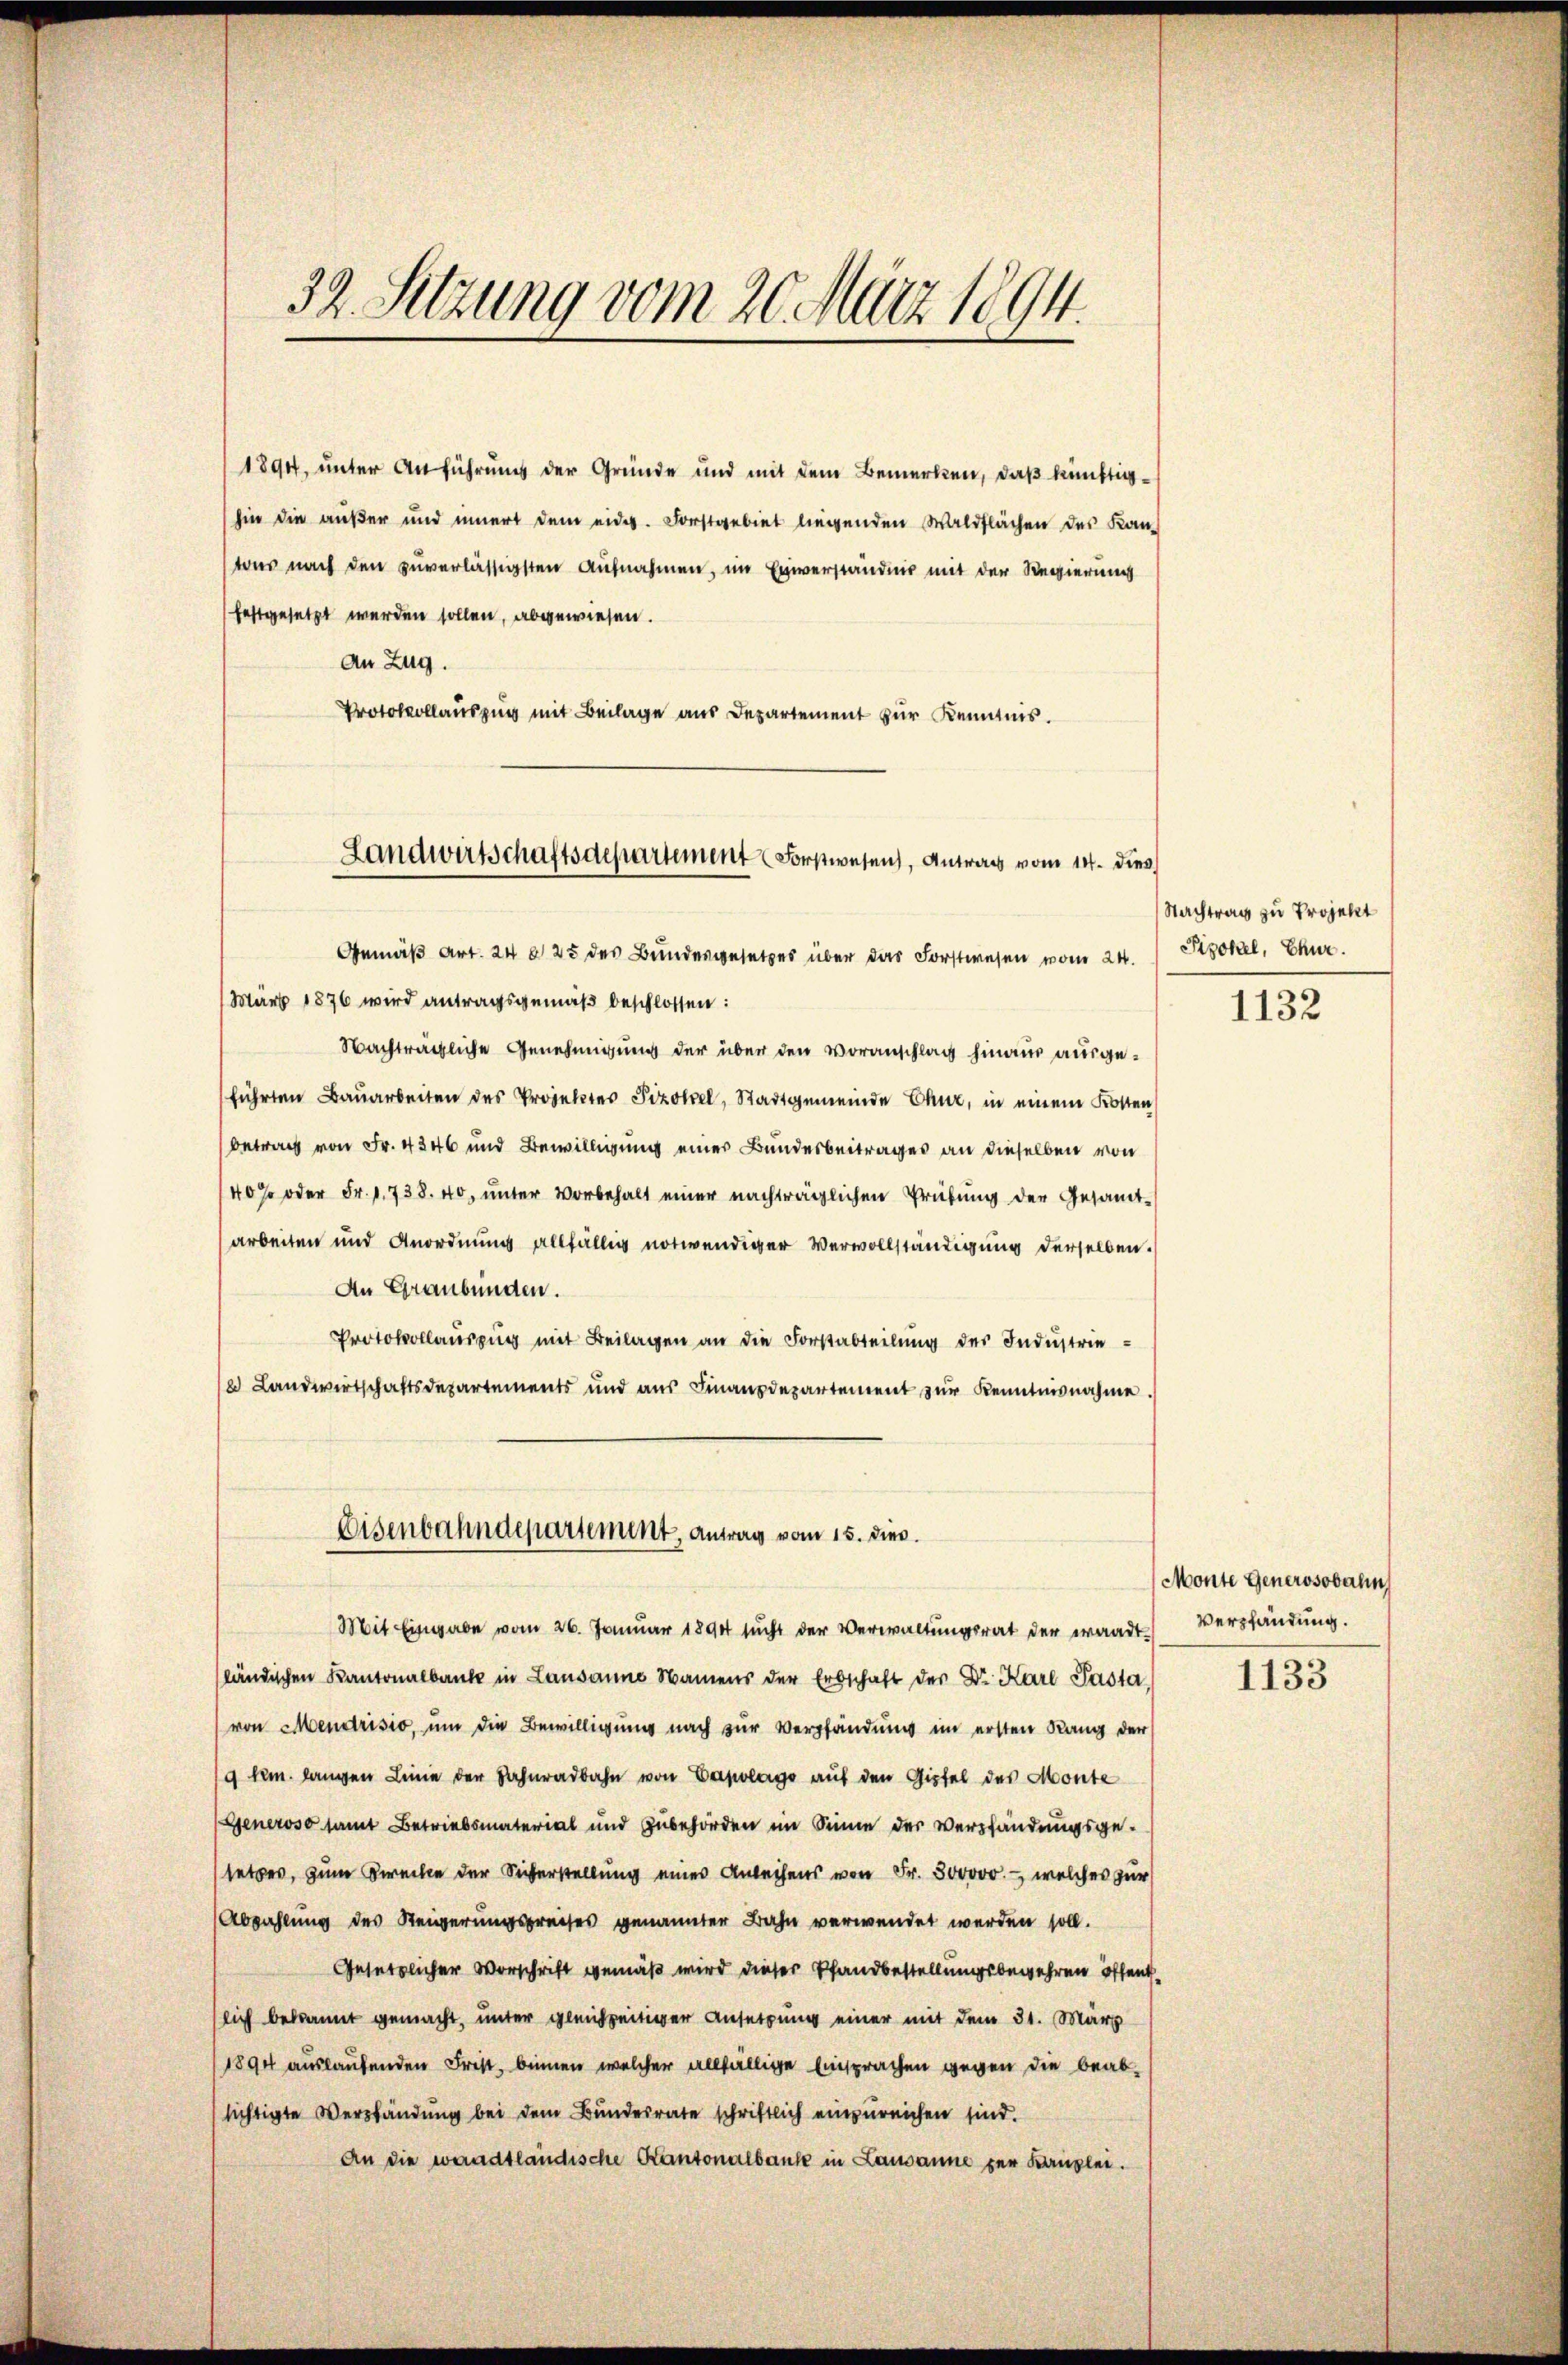
32. Setzung vom 20. März 1894.

1894, unter Anführung der Gründe und mit dem Bemerken, daß künftighin die außer und innert dem eid. Forstgebiet liegenden Waldflächen des Kan-
tons nach den zuverlässigsten Aufnahmen, im Einverständnis mit der Regierung
festgesetzt werden sollen, abgewiesen.
An Zug.
Protokollauszug mit Beilage aus Departement zur Kenntnis.

Landwirtschaftsdepartement Forstwesen, Antrag vom 14. dies

Eisenbahndepartement, Antrag vom 15. dies

Gemäß Art. 24 x 25 des Bundesgesetzes über das Forstwesen vom 24. Stokel, Chur.
März 1876 wird antragsgemäß beschlossen:
Nachträgliche Genehmigung der über den Voranschlag hinaus ausgeführten Bauarbeiten des Projektes Pizotel, Stadtgemeinde Chur, in einem Kosten
betrag von Fr. 4346 und Bewilligung einer Bundesbeitrages an dieselben von
40% oder Fr. 1738. 40, ŭnter Vorbehalt einer nachträglichen Prüfŭng der Gesamt-
arbeiten und Anordnung allfällig notwendiger Vervollständigung derselben
An Graubünden.
Protokollauszug mit Beilagen an die Forstabteilung des Industrie¬
12 Landwirtschaftsdepartements und aŭs Finanzdepartement zŭr Kenntnisnahme.
Mit Eingabe vom 26. Januar 1894 sucht der Verwaltungsrat der waadt
ländischen Kantonalbank in Lausanne Namens der Erbschaft der Dr. Karl Pasta
von Mendrisio, um die Bewilligung nach zur Verpfändung im ersten Rang der
9 km. langen Linie der Sahnradbahn von Clag auf den Gipfel des Monte
(Generoso samt Betriebsmaterial und Zubehörden im Sinne der Verpfändungsgesetzes, zum Zwecke der Sicherstellung eines Anleihens von Fr. 300000.- welches zur
Abzahlung des Reigerungspreises genannter Bahn verwendet werden soll.
Gesetzlicher Vorschrift gemäß wird dieser Pfandbestellungsbewehren öffentlich bekannt gemacht, unter gleichzeitiger Ansetzung einer mit dem 31. März
1894 auslaufenden Frist, binnen welcher allfällige Einsprachen gegen die beab-
sichtigte Verpfändung bei dem Bundesrate schriftlich einzureichen sind.
An die waadtländische Kantonalbank in Lausanne zur Kanzlei.

Nachtrag zu Projekt

1132

Monte Generosobahn
Verpfändung.

1133